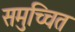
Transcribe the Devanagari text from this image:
समुच्चित